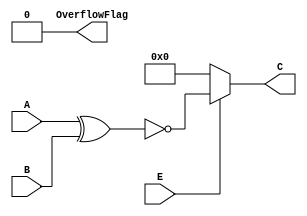
// lab1_bit_xnor.v

// Bitwise XNOR
// Calculation

// Output 1: C; calculation result, 16bit binary
// Output 2: OverflowFlag; 0
// Input 1: A; input, 16bit binary
// Input 2: B; input, 16bit binary
// Input 3: E; enable, 1bit binary

module bit_xnor16 (output [15:0] C, output OverflowFlag,
	input [15:0] A, input [15:0] B, input E);
	
	assign OverflowFlag = 1'b0;
	assign C=(E == 1'b1)?~(A ^ B):16'b0000_0000_0000_0000;

endmodule